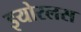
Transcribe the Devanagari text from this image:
इयोरलस